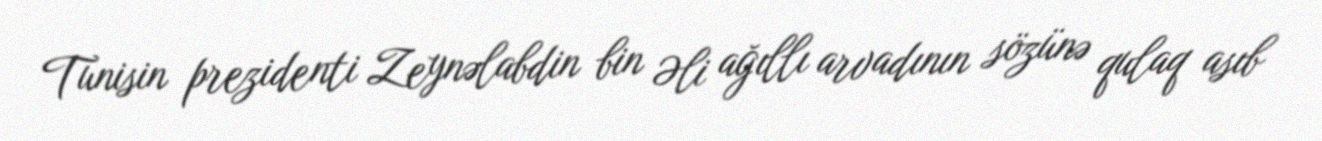
Tunisin prezidenti Zeynəlabdin bin Əli ağıllı arvadının sözünə qulaq asıb